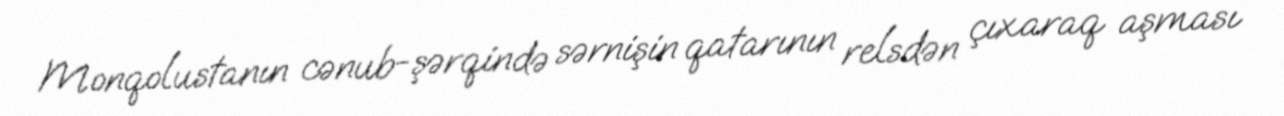
Monqolustanın cənub-şərqində sərnişin qatarının relsdən çıxaraq aşması